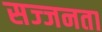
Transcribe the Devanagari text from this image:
सज्‍जनता